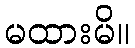
မထားမိ။